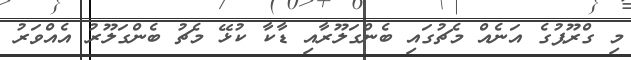
މި ގްރޫޕުގެ އަނެއް މެޗުގައި ބެންގަލޫރާއި ޑާކާ ކުޅޭ މެޗު ބެންގަލޫރު އެއްވަރު